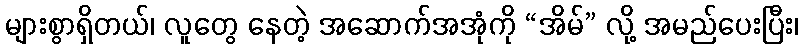
များစွာရှိတယ်၊ လူတွေ နေတဲ့ အဆောက်အအုံကို “အိမ်” လို့ အမည်ပေးပြီး၊